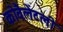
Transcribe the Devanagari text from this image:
कोवैलेंटली